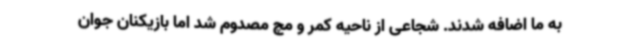
به ما اضافه شدند. شجاعی از ناحیه کمر و مچ مصدوم شد اما بازیکنان جوان